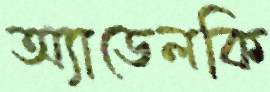
অ্যাডেলকি